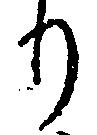
り